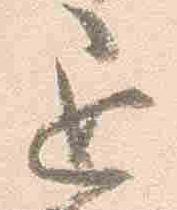
退